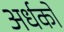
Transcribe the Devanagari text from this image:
अर्धकों